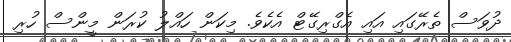
ދުވަސް ތެރޭގައި އައި އެގްރިގޭޓް އެކެވެ. މިކަން ހައްލު ކުރަން މީންސް ހުރި